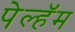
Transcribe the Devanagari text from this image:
पेल्हॅम